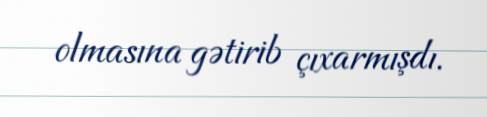
olmasına gətirib çıxarmışdı.